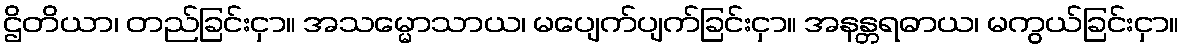
ဌိတိယာ၊ တည်ခြင်းငှာ။ အသမ္မောသာယ၊ မပျေက်ပျက်ခြင်းငှာ။ အနန္တရဓာယ၊ မကွယ်ခြင်းငှာ။